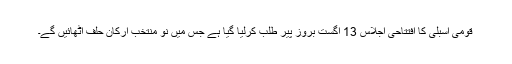
قومی اسبلی کا افتتاحی اجلاس 13 اگست بروز پیر طلب کرلیا گیا ہے جس میں نو منتخب ارکان حلف اٹھائیں گے۔